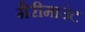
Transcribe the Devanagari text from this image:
मैरीमाउंट